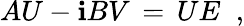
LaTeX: AU-\mathbf{i}BV\, =\, UE\; \; ,